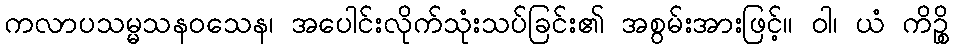
ကလာပသမ္မသနဝသေန၊ အပေါင်းလိုက်သုံးသပ်ခြင်း၏ အစွမ်းအားဖြင့်။ ဝါ၊ ယံ ကိဉ္စိ